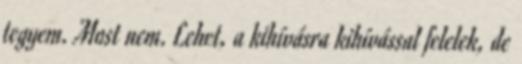
tegyem. Most nem. Lehet, a kihívásra kihívással felelek, de